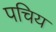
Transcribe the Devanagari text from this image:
पचिय